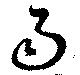
雨